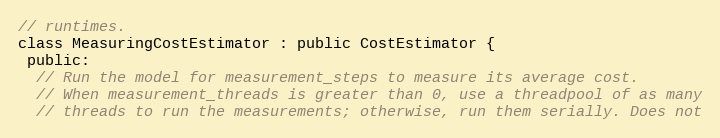
Language: C
// runtimes.
class MeasuringCostEstimator : public CostEstimator {
 public:
  // Run the model for measurement_steps to measure its average cost.
  // When measurement_threads is greater than 0, use a threadpool of as many
  // threads to run the measurements; otherwise, run them serially. Does not